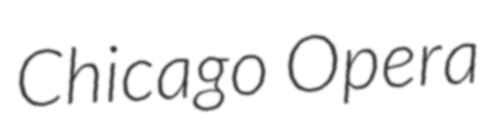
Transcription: Chicago Opera